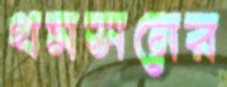
থমসনের